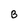
Character: B